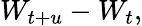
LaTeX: W_{t+u}-W_{t},